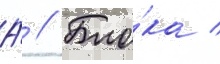
А́ // Бло́ка /